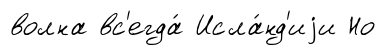
волна вс'егда́ Исла́нд'иjи Но